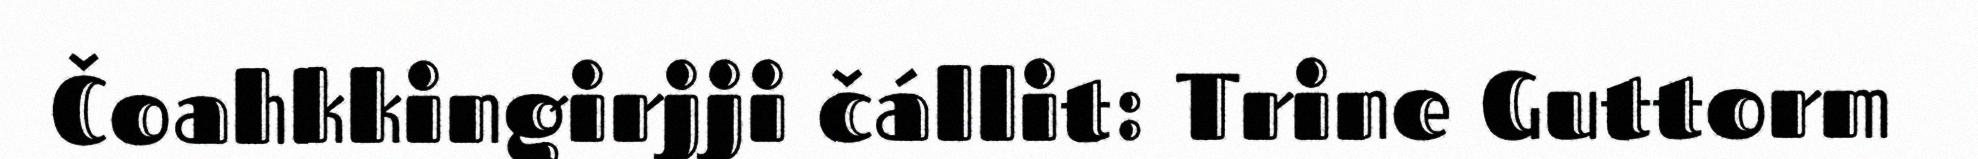
Čoahkkingirjji čállit: Trine Guttorm